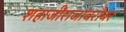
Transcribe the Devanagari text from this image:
शहाजीराजांबरोबर